Calcutta medical institutions reports 1879-81 [i.e.91]
Year: 1879
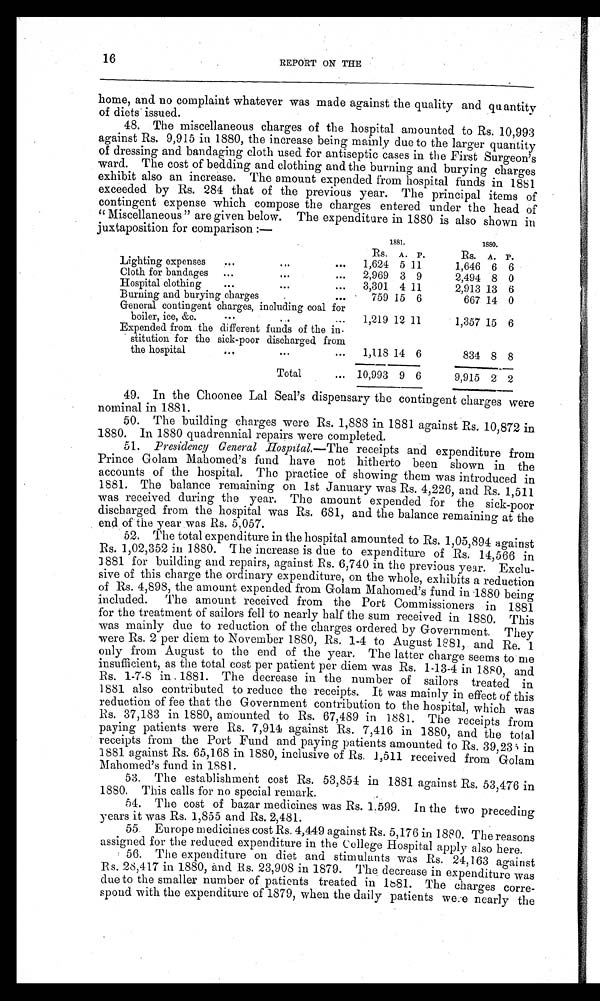
16
REPORT ON THE
home, and no complaint whatever was made against the quality and quantity
of diets issued.
48. The miscellaneous charges of the hospital amounted to Rs. 10,993
against Rs. 9,915 in 1880, the increase being mainly due to the larger quantity
of dressing and bandaging cloth used for antiseptic cases in the First Surgeon's
ward. The cost of bedding and clothing and the burning and burying charges
exhibit also an increase. The amount expended from hospital funds in 1881
exceeded by Rs. 284 that of the previous year. The principal items of
contingent expense which compose the charges entered under the head of
"Miscellaneous" are given below. The expenditure in 1880 is also shown in
juxtaposition for comparison :—
1881.
1880.
Rs. A. P.
RS. A. P.
Lighting expenses
1,624 5 11
1,646 6 6
Cloth for bandages
2,969 3 9
2,494 8 0
Hospital clothing
3,301 4 11
2,913 13 6
Burning and burying charges
759 15 6
667 14 0
General contingent charges, including coal for
boiler, ice, &c.
1,219 12 11
1,357 15 6
Expended from. the different funds of the in.
stitution for the sick-poor discharged from
the hospital
1,118 14 6
834 8 8
Total
10,993 9 6
9,915 2 2
49. In the Choonee Lal Seal's dispensary the contingent charges were
nominal in 1881.
50.
The building charges were Rs. 1,888 in 1881 against Rs. 10,872 in
1880. In 1880 quadrennial repairs were completed.
51.
Presidency General Hospital.— The receipts and expenditure from
Prince Golam Mahomed's fund have not hitherto been shown in the
accounts of the hospital. The practice of showing them was introduced in
1881. The balance remaining on 1st January was Rs. 4,226, and Rs. 1,511
was received during the year. The amount expended for the sick-poor
discharged from the hospital was Rs. 681, and the balance remaining at the
end of the year was Rs. 5,057.
52.
The total expenditure in the hospital amounted to Rs. 1,05,894 against
Rs. 1,02,352 in 1880. The increase is due to expenditure of Rs. 14,566 in
1881 for building and repairs, against Rs. 6,740 in the previous year. Exclu
sive of this charge the ordinary expenditure, on the whole, exhibits a reduction
of Rs. 4,898, the amount expended from Golam Mahomed's fund in 1880 being
included. The amount received from the Port Commissioners in 1881
for the treatment of sailors fell to nearly half the sum received in 1880. This
was mainly due to reduction of the charges ordered by Government. They
were Rs. 2 per diem to November 1880, Rs. 1-4 to August 1881, and Re. 1
only from August to the end of the year. The latter charge seems to me
insufficient, as the total cost per patient per diem was Rs. 1-13-4 in 1880, and
Rs. 1-7-8 in . 1881. The decrease in the number of sailors treated in
1881 also contributed to reduce the receipts. It was mainly in effect of this
reduction of fee that the Government contribution to the hospital, which was
Rs. 37,183 in 1880, amounted to Rs. 67,489 in 1881. The receipts from
paying patients were Rs. 7,914 against Rs. 7,416 in 1880, and the total
receipts from the Port Fund and paying patients amounted to Rs. 39,235 in
1881 against Rs. 65,168 in 1880, inclusive of Rs 1,511 received from Golam
Mahomed's fund in 1881.
53, The establishment cost Rs. 53,854 in 1881 against Rs. 53,476 in
1880. This calls for no special remark.
54.
The cost of bazar medicines was Rs. 1.599. In the two preceding
years it was Rs. 1,855 and Rs. 2,481.
55.
Europe medicines cost Rs. 4,449 against Rs. 5,176 in 1880. The reasons
assigned for the reduced expenditure in the College Hospital apply also here.
56.
The expenditure on diet and stimulants was Rs. 24,163 against
Rs. 28,417 in 1880, and Rs. 23,908 in 1879. The decrease in expenditure was
due to the smaller number of patients treated in 1881. The charges corre
spond with the expenditure of 1879, when the daily patients were nearly the